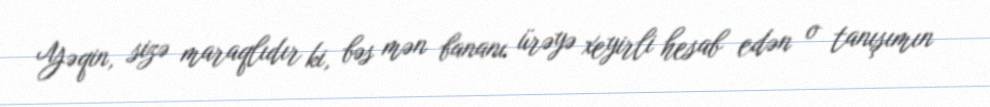
Yəqin, sizə maraqlıdır ki, bəs mən bananı ürəyə xeyirli hesab edən o tanışımın